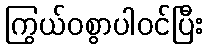
ကြွယ်ဝစွာပါဝင်ပြီး